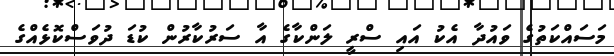
މަސައްކަތުގެ ވައުދާ އެކު އައި ސްރީ ލަންކާގެ އާ ސަރުކާރުން ކުޑަ ދުވަސްކޮޅެއްގެ